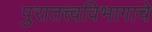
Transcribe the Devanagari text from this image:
पुरातत्त्वविभागाचे